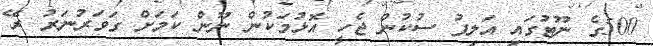
500ގެ ނޫޓުގައި އަލިފު ސުކުން ޖެހީ އޮޅުމަކުން ނޫން ކަމަށް ގަވަރުނަރު ރޭ